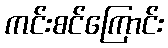
ကင်းစင်ကြောင်း